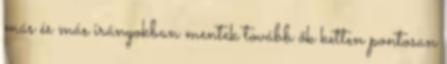
más és más irányokban mentek tovább ők ketten pontosan